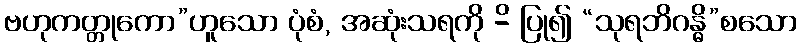
ဗဟုကတ္တုကော”ဟူသော ပုံစံ, အဆုံးသရကို -ိ ပြု၍ “သုရဘိဂန္ဓိ”စသော